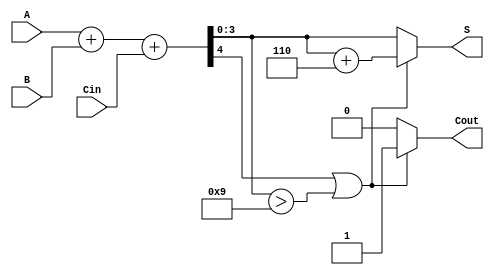
module BCD_Parallel_Adder (
    input [3:0] A,      // First BCD digit
    input [3:0] B,      // Second BCD digit
    input Cin,          // Carry-in
    output reg [3:0] S, // BCD sum output
    output reg Cout     // Carry-out
);

    wire [4:0] Sum; // 5-bit wire to hold the binary sum
    wire adjust;     // Flag to indicate if adjustment is needed

    // Step 1: Perform binary addition
    assign Sum = A + B + Cin;

    // Step 2: Check for BCD adjustment
    assign adjust = Sum[4] || (Sum[3:0] > 4'b1001);

    // Step 3: Calculate the adjusted sum
    always @(*) begin
        if (adjust) begin
            // If adjustment is needed, add 6 (0110 in binary)
            S = Sum[3:0] + 4'b0110;
            Cout = 1; // Set carry-out
        end else begin
            S = Sum[3:0]; // No adjustment needed
            Cout = 0; // No carry-out
        end
    end

endmodule